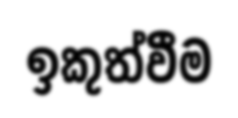
ඉකුත්වීම